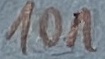
Text: 10n